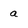
Character: a